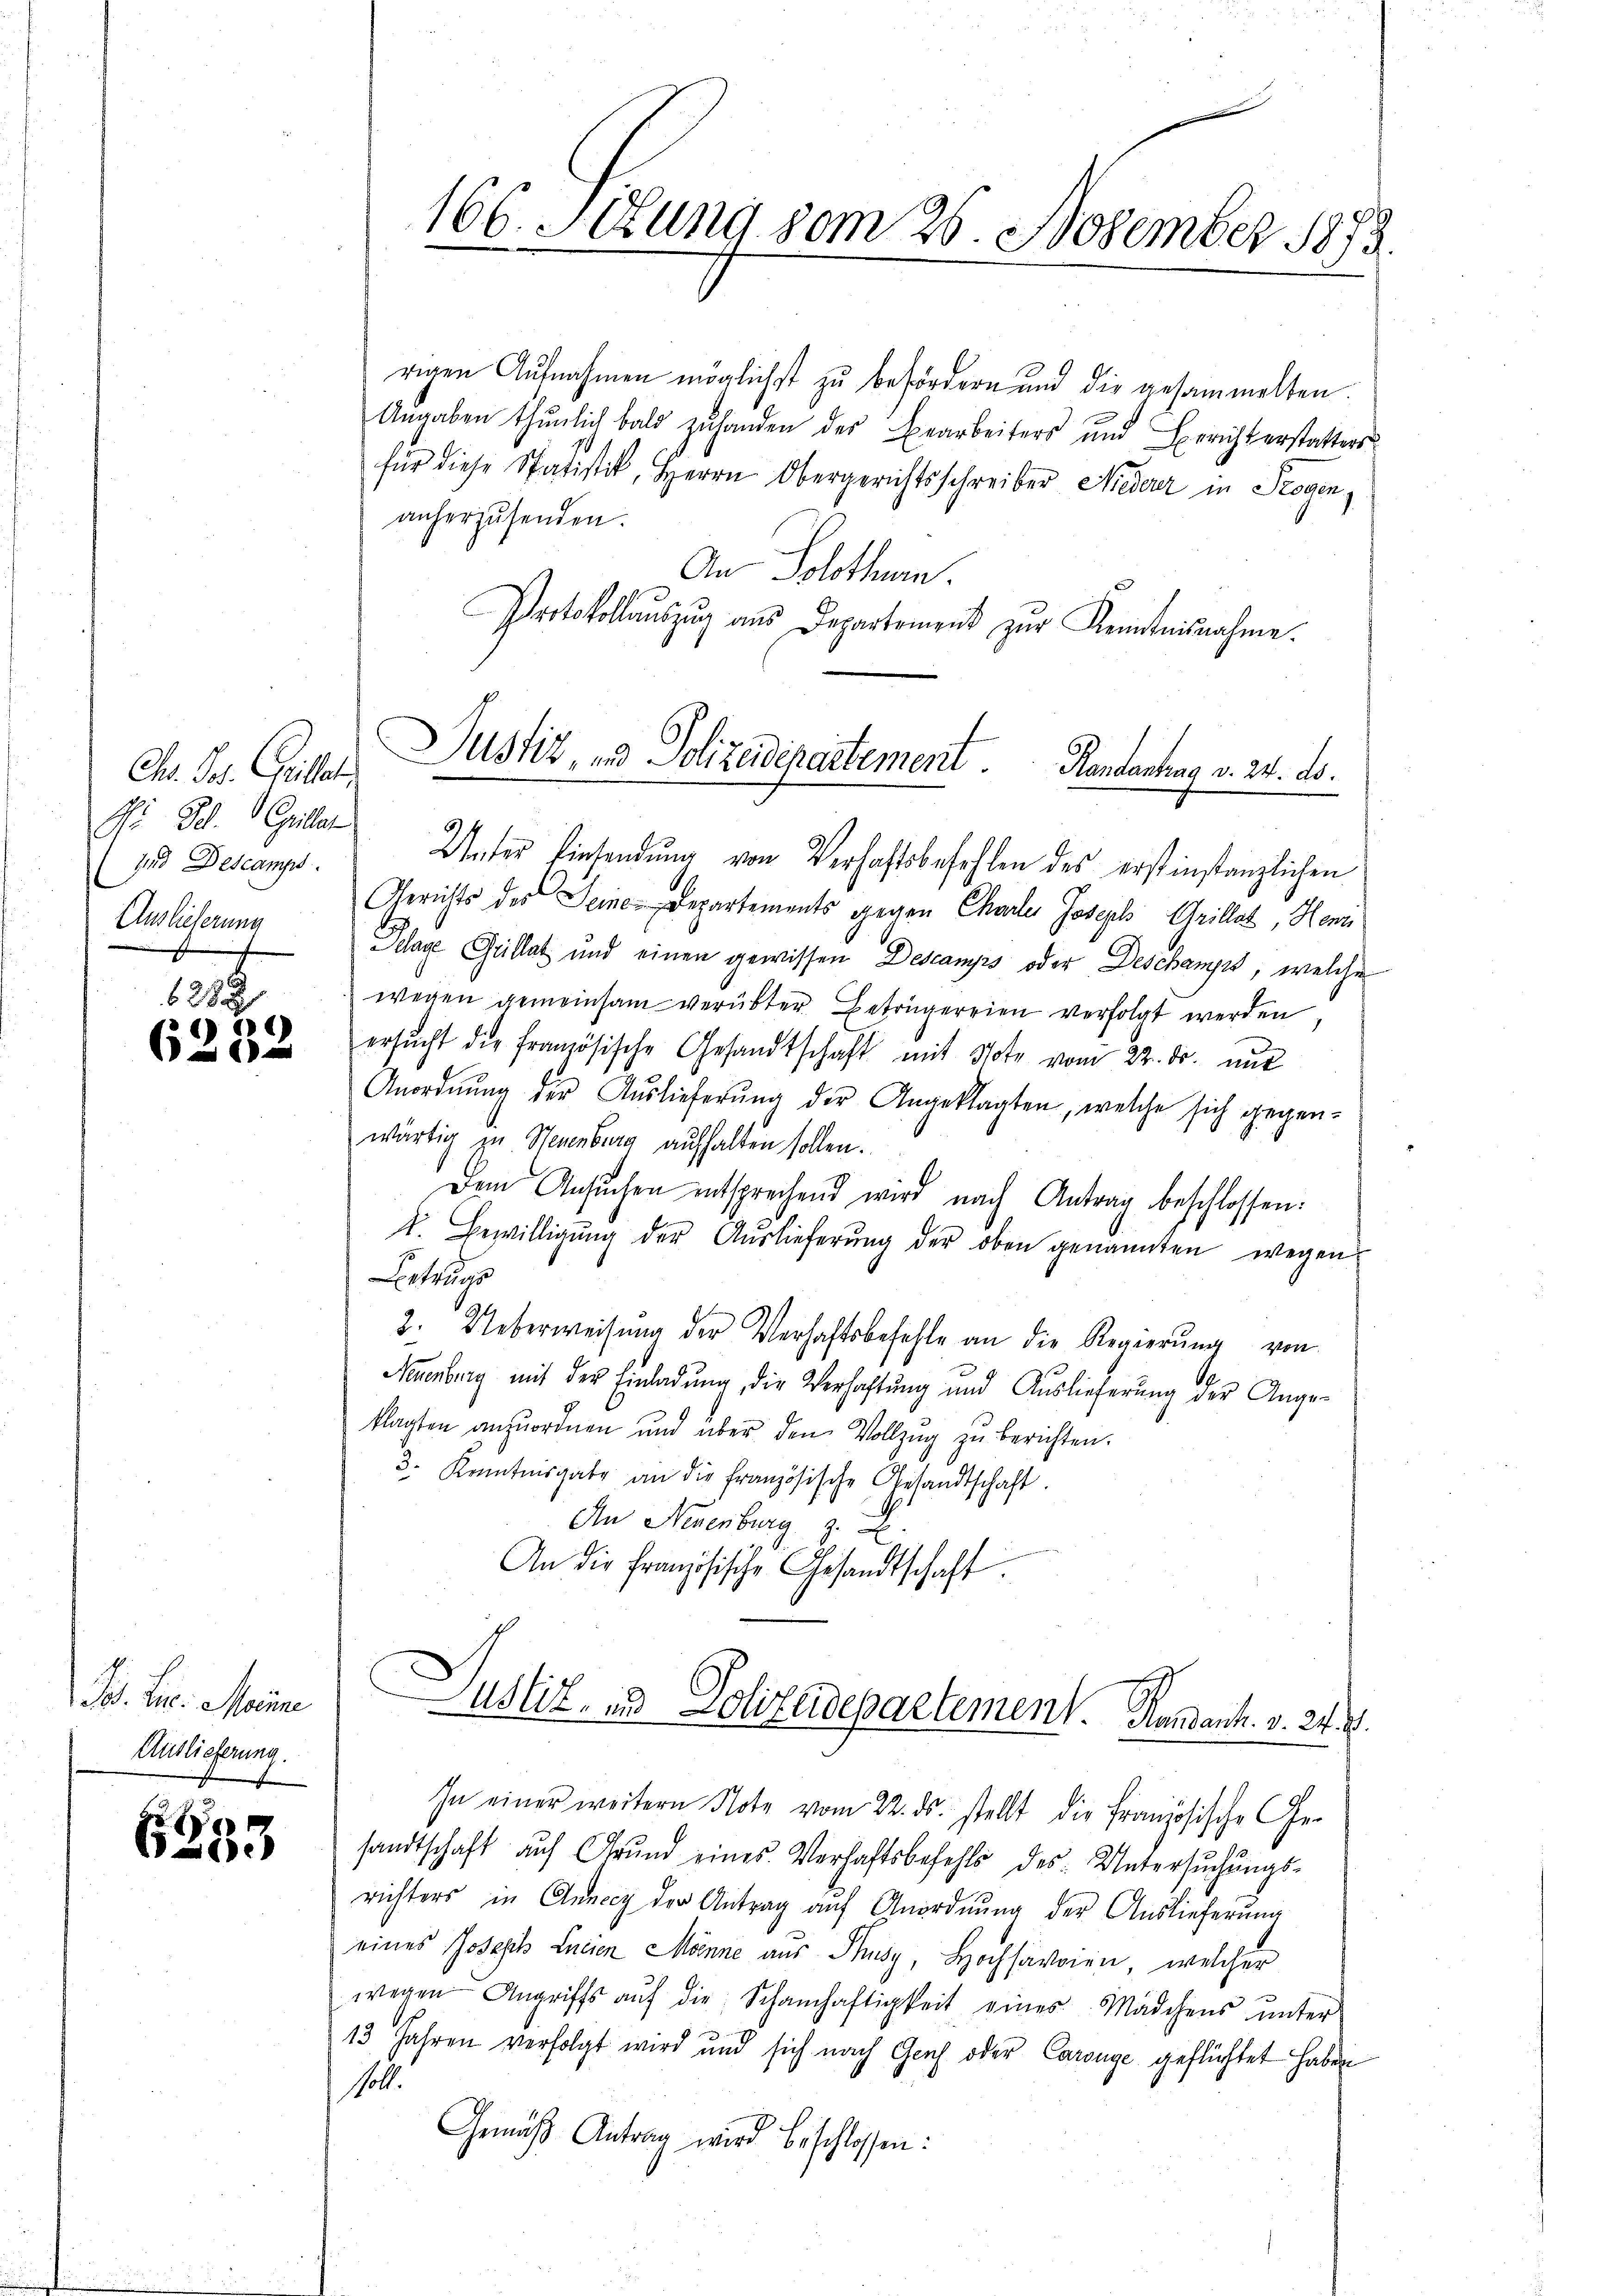
Chr. Jos. Grillet
Ai Gl. Griller
In Descamps.
Auslieferung

.
6)
e

B. H. Mein
Auslieferung.

6333

166. Sitzung vom 26. November 1873.

rigen Aufnahmen möglichst zu befördern und die gesammelten
Angaben thŭnlich bald zŭ handen des Bearbeiters und Berichterstatters
für diese Spatistik, Herrn Obergerichtsschreiber Niederer in Trogen,
anherzusenden.
An Solothurn.
Protokollauszug aus Departement zur Kenntnisnahme.
Unter Einsendŭng von Verhaftsbefehlen des erstinstanzlichen
Gerichts der Seine Departements gegen Charler Joseph Grillat, Henn
age Guillat und einen gewissen Descamps oder Deschamps, welche
wegen gemeinsam verübter Beträgereien verfolgt werden,
ersucht die französische Gesandtschaft mit Vor vom 22. ds. nur
Anordnŭng der Aŭslieferŭng der Angeklagten, welche sich gegen-
wärtig zu Neuenburg aufhalten sollen.
Dem Ansuchen entsprechend wird nach Antrag beschlossen:
t. Bewilligŭng der Aŭslieferŭng der oben genannten wegen
Betrugs
2. Ueberweisŭng der Verhaftsbefehle an die Regierŭng von
Neuenburg mit der Einladung, die Verhaftung und Auslieferung der Angeklagten anzuordnen und über den Vollzug zu berichten.
3. Kenntnisgabe an die französische Gesandtschaft.
An Neuenburg z.
An die französische Gesandtschaft.
Justiz- und Polizeidepartement. Handant. v. 24. d.
In einer weitern Note vom 22. ds. stellt die Französische Ge-
sandtschaft auf Grund eines Verhaftsbefehls des Untersŭchŭngs-
richters in Annccy der Antrag aŭf Anordnŭng der Auslieferŭng
eines Joseph Lancien Mönne aus Thusy, Hochsavaien, welcher
wegen Angriffs aŭf die Schamhaftigkeit eines Mädchens ŭnter
13 Jahren verfolgt wird und sich nach Genf oder Carouge geflüchtet haben
Vol.
Gemäß Antrag wird beschlossen:

Justiz, und Polizeidepartement. Rentantung v. 24. ds.